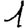
Digit: 1